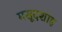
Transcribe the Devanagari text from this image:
मसूदशाह